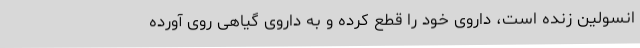
انسولین زنده است، داروی خود را قطع کرده و به داروی گیاهی روی آورده